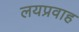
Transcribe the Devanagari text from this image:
लयप्रवाह